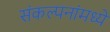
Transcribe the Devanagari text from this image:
संकल्पनांमध्ये